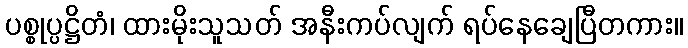
ပစ္စုပ္ပဋ္ဌိတံ၊ ထားမိုးသူသတ် အနီးကပ်လျက် ရပ်နေချေပြီတကား။